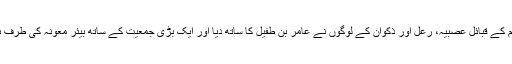
بنو سلیم کے قبائل عصبیہ، رعل اور ذکوان کے لوگوں نے عامر بن طفیل کا ساتھ دیا اور ایک بڑی جمعیت کے ساتھ بیئر معونہ کی طرف بڑھے۔